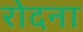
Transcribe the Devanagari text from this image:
रोदना